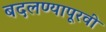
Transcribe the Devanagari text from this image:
बदलण्यापूरवी